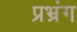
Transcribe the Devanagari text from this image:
प्रभ्रंग